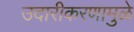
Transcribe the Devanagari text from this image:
उदारीकरणामुळे